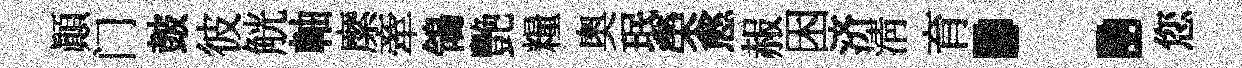
顛门皷彼觥軸縻牽鴒艷糧奧珉榮愈赧困济清育：您